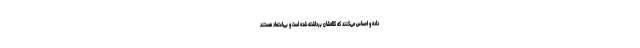
داده و احساس می‌کنند که کلاه‌شان برداشته شده است و بی‌اعتماد هستند